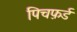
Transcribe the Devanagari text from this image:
पिचफ़र्ड